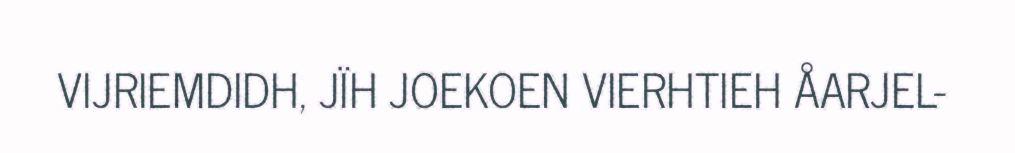
VIJRIEMDIDH, JÏH JOEKOEN VIERHTIEH ÅARJEL-